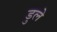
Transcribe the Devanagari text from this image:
डुले